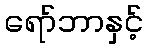
ရော်ဘာနှင့်